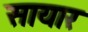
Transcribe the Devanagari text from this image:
सायार